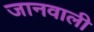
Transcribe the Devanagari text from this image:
जानवाली